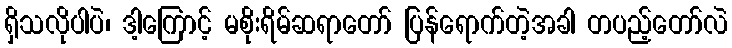
ရှိသလိုပါပဲ၊ ဒါ့ကြောင့် မစိုးရိမ်ဆရာတော် ပြန်ရောက်တဲ့အခါ တပည့်တော်လဲ